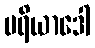
မရိယာဒေါ